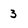
Character: 3